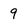
Character: 9